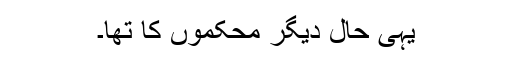
یہی حال دیگر محکموں کا تھا۔